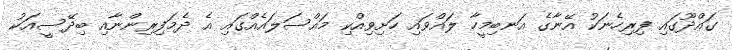
ގައްދޫގައި ފިރިހެެނަކު އޭނާގެ އަނބިމީހާ ލައްވައި ހަށިވިއްކި މައްސަލައެއްގައި އެ ދެމަފިރިންނާއި ބިދޭސީއަކު